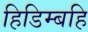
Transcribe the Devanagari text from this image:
हिडिम्बहि